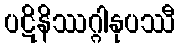
ပဋိနိဿဂ္ဂါနုပဿီ